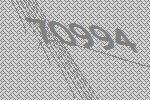
70994